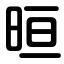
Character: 晅